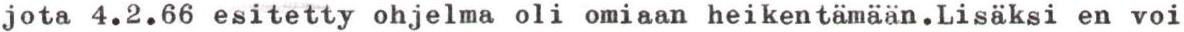
jota 4.2.66 esitetty ohjelma oli omiaan heikentämään.Lisäksi en voi